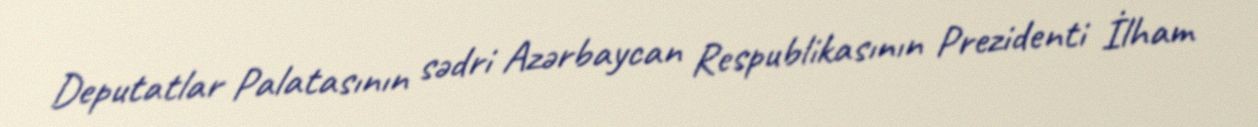
Deputatlar Palatasının sədri Azərbaycan Respublikasının Prezidenti İlham